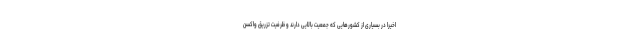
اخیرا در بسیاری از کشورهایی که جمعیت بالایی دارند و ظرفیت تزریق واکسن